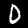
Label: 0